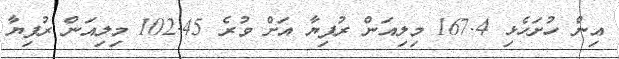
އިން ހުށަހެޅި 167.4 މިލިއަން ރުފިޔާ އަށް ވުރެ 102.45 މިލިއަން ރުފިޔާ